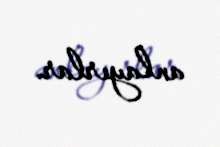
anlayırlar.